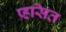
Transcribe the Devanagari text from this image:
प्र्ह्रसित